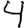
Digit: 4